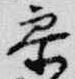
参